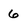
Character: 6